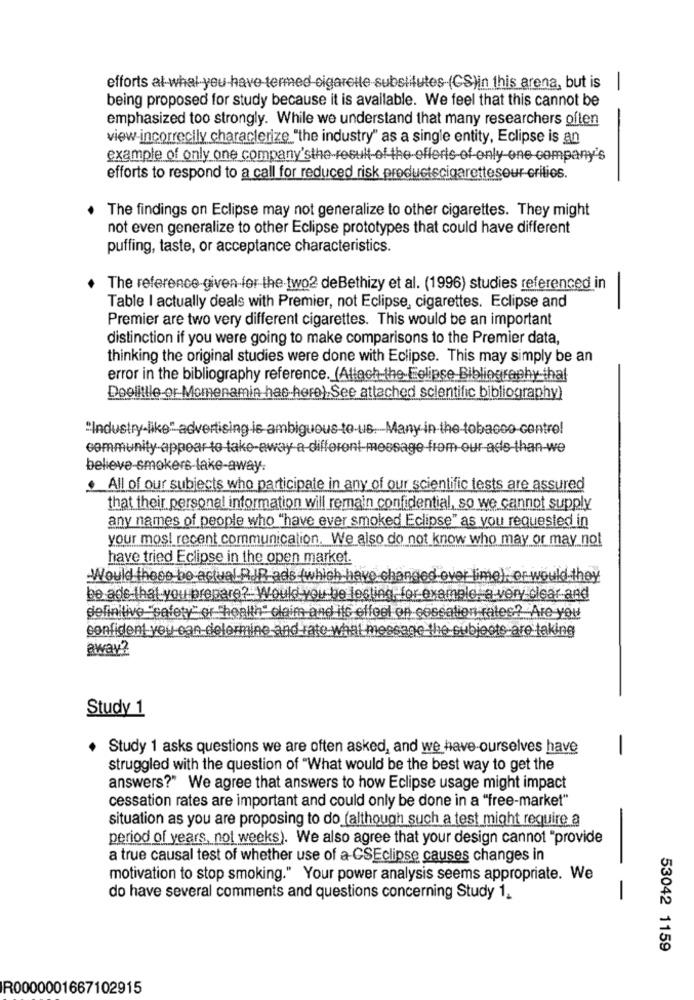
-
efforts al-whal you have-termed cigarette substitutes (CS)in this arena, but is
being proposed for study because it is available. We feel that this cannot be
emphasized too strongly. While we understand that many researchers often
view-incorrectly characterize "the industry" as a single entity, Eclipse is an
example of only one company'sthe result of the efforts of only one company's
efforts to respond to a call for reduced risk productscigarettesour erities.
The findings on Eclipse may not generalize to other cigarettes. They might
not even generalize to other Eclipse prototypes that could have different
puffing, taste, or acceptance characteristics.
The reference-given-for the two2 deBethizy et al. (1996) studies referenced in
Table I actually deals with Premier, not Eclipse, cigarettes. Eclipse and
Premier are two very different cigarettes. This would be an important
distinction if you were going to make comparisons to the Premier data,
thinking the original studies were done with Eclipse. This may simply be an
error in the bibliography reference. (Allach the Eclipse Bibliography ihal
Doolittle or Momenamin has-hero):See attached scientific bibliography)
"Industry-like" advertising is ambiguous-to-us. Many in the tobacco control
community-appear to take-away a-different-message from our-ade-than-we
believe-smokers-take-away.
. All of our subjects who participate in any of our scientific tests are assured
that their personal information will remain confidential, so we cannot supply
any names of people who "have ever smoked Eclipse" as you requested in
your most recent communication. We also do not know who may or may not
have tried Eclipse in the open market.
Would these be actual RIR ads (which have changed over lime). or would they
be ads that you prepare? Would you be lecting for example: a very-clear and
definitive "safety" or "health" claim and itt elfool on cessation rates? Are you
confident you can delermine and rate what meg
age the subjects are taking
away?
Study 1
Study 1 asks questions we are often asked, and we have-ourselves have
-
struggled with the question of "What would be the best way to get the
answers?" We agree that answers to how Eclipse usage might impact
cessation rates are important and could only be done in a "free-market"
situation as you are proposing to do (although such a test might require a
period of years, not weeks). We also agree that your design cannot "provide
a true causal test of whether use of a CSEclipse causes changes in
motivation to stop smoking." Your power analysis seems appropriate. We
do have several comments and questions concerning Study 1,
-
53042 1159
R0000001667102915